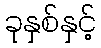
ခုနှစ်နှင့်